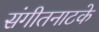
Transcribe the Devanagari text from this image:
संगीतनाटके